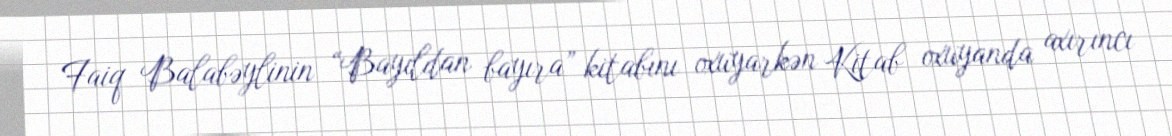
Faiq Balabəylinin “Bayıldan bayıra” kitabını oxuyarkən Kitab oxuyanda axırıncı